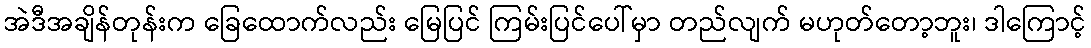
အဲဒီအချိန်တုန်းက ခြေထောက်လည်း မြေပြင် ကြမ်းပြင်ပေါ်မှာ တည်လျက် မဟုတ်တော့ဘူး၊ ဒါကြောင့်